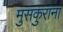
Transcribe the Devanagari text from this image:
मुसकुराना